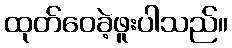
ထုတ်ဝေခဲ့ဖူးပါသည်။